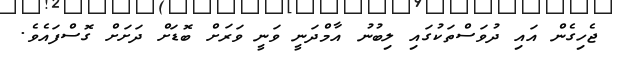
ޖެހިގެން އައި ދުވަސްތަކުގައި ލިބުނު އާމްދަނީ ވަނީ ވަރަށް ބޮޑަށް ދަށަށް ގޮސްފައެވެ.